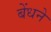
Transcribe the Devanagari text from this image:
बेंधने